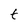
Character: t